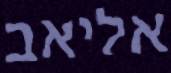
אליאב